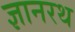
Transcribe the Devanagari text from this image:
ज्ञानरथ